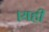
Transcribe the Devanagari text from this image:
।यही